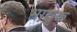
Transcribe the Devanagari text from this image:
भ्रातृक